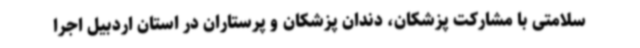
سلامتی با مشارکت پزشکان، دندان پزشکان و پرستاران در استان اردبیل اجرا